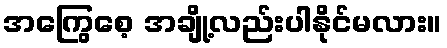
အကြွေစေ့ အချို့လည်းပါနိုင်မလား။